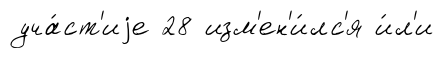
уча́ст'иjе 28 изм'ен'и́лс'я и́л'и